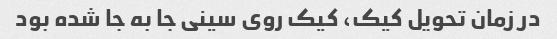
در زمان تحویل کیک، کیک روی سینی جا به جا شده بود